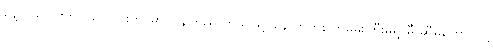
နေ့လယ်ပိုင်းတွင် ကောင်းကင်မှာ ပြန်ကြည်လာသဖြင့် နောက်တစ်ကြိမ်မိုးကြီးမရွာမီ ဆီမကောင်သို့